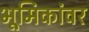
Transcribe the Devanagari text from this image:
भूमिकांवर